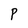
Character: P